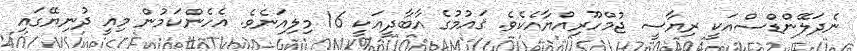
ނެދަލޭންޑްސްއަކީ ރިޔާސީ ޖުމްހޫރިއްޔާއެކެވެ. ޤައުމުގެ އާބާދީއަކީ 16 މިލިއަނެވެ. އެހެންކަމުން މިއީ ދުނިޔޭގައި